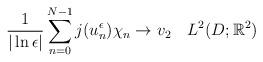
LaTeX: \begin{align*}\frac{1}{|\ln\epsilon|}\sum_{n=0}^{N-1}j(u_n^{\epsilon})\chi_n \rightarrow v_2 \quad L^2(D;\mathbb R^2)\end{align*}